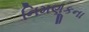
નિમણૂકના